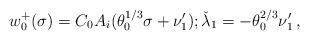
LaTeX: \begin{align*} w_0^+ (\sigma) = C_0 A_i (\theta_0^{1/3}\sigma+\nu_1^\prime) ; \check \lambda_1 =- \theta_0^{2/3}\nu_1^\prime \,,\end{align*}